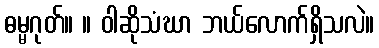
ဓမ္မဂုတ်။ ။ ဝါဆိုသံဃာ ဘယ်လောက်ရှိသလဲ။